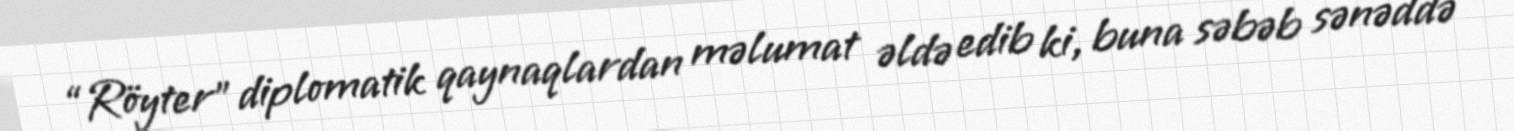
“Röyter” diplomatik qaynaqlardan məlumat əldə edib ki, buna səbəb sənəddə